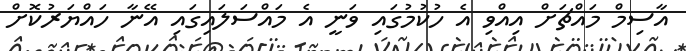
އާސިމް މައްޗަށް އިއްވި އެ ހުކުމުގައި ވަނީ އެ މައްސަލައިގައި އޭނާ ހައްޔަރުކޮށް